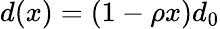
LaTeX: d(x)=(1-\rho x)d_{0}